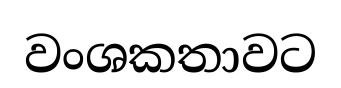
වංශකතාවට